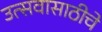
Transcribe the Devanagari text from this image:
उत्सवासाठीचे